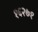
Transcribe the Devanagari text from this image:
१६२७१